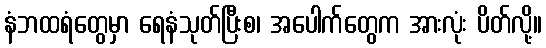
နံဘထရံတွေမှာ ရေနံသုတ်ပြီးစ၊ အပေါက်တွေက အားလုံး ပိတ်လို့။